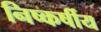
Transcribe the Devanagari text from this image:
निष्कर्षीय